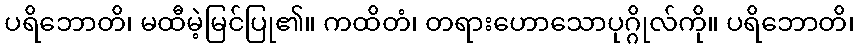
ပရိဘောတိ၊ မထီမဲ့မြင်ပြု၏။ ကထိတံ၊ တရားဟောသောပုဂ္ဂိုလ်ကို။ ပရိဘောတိ၊